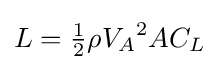
L={\tfrac {1}{2}}\rho {V_{A}}^{2}AC_{L}